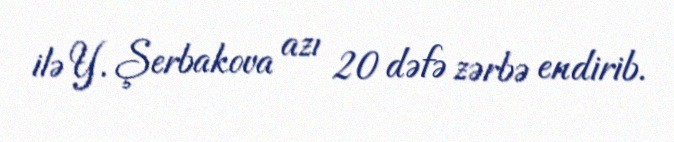
ilə Y. Şerbakova azı 20 dəfə zərbə endirib.